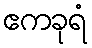
ဧကခုရံ